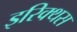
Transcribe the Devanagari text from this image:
इरिक्थस